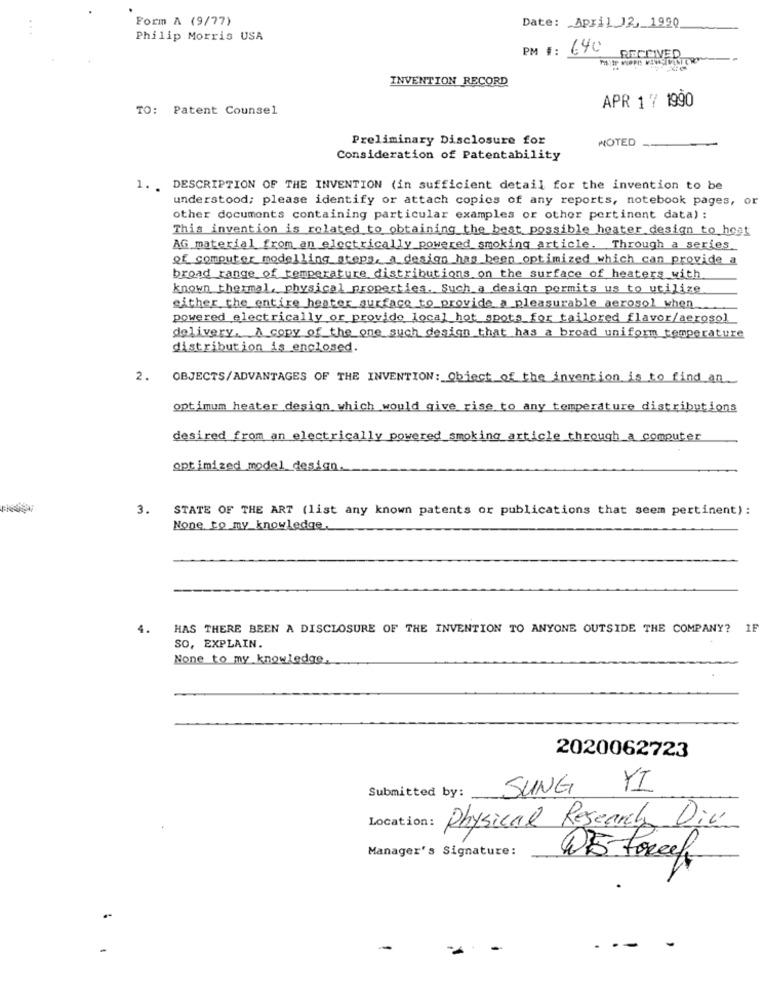
Form A (9/77)
Date: April 12, 1920
Philip Morris USA
PM #: 640
RECEIVED
INVENTION RECORD
APR 1 7 1990
TO: Patent Counsel
Preliminary Disclosure for
NOTED
Consideration of Patentability
1. . DESCRIPTION OF THE INVENTION (in sufficient detail for the invention to be
understood; please identify or attach copies of any reports, notebook pages, or
other documents containing particular examples or other pertinent data) :
This invention is related to obtaining the best possible heater design to host
AG material from an electrically powered smoking article. Through a series
of computer modelling steps, a design has been optimized which can provide a
broad range of temperature distributions on the surface of heaters with
known thermal, physical properties. Such a design permits us to utilize
either the entire heater surface to provide a pleasurable aerosol when
powered electrically or provide local hot spots for tailored flavor/aerosol
delivery. A copy of the one such design that has a broad uniform temperature
distribution is enclosed.
2. OBJECTS/ADVANTAGES OF THE INVENTION: Object of the invention is to find an
optimum heater design which would give rise to any temperature distributions
desired from an electrically powered smoking article through a computer
optimized model_design.
3. STATE OF THE ART (list any known patents or publications that seem pertinent) :
None to my knowledge,
4.
HAS THERE BEEN A DISCLOSURE OF THE INVENTION TO ANYONE OUTSIDE THE COMPANY? IF
SO, EXPLAIN.
None to my knowledge
2020062723
SUNG
YI
Submitted by:
Location:
Physical Research Div
Manager's Signature:
W5 Forcel